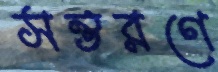
সন্তরণে